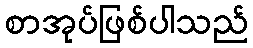
စာအုပ်ဖြစ်ပါသည်